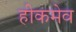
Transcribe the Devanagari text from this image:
हीकमेव